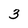
Character: 3